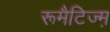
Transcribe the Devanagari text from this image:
रूमैटिज्म़